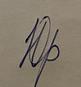
Signature authenticity: forged